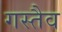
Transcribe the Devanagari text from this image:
गस्तैव